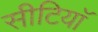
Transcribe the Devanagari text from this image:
सीटियाॅ